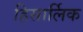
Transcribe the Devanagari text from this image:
हिसार्लिक